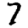
Digit: 7